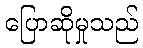
ပြောဆိုမှုသည်